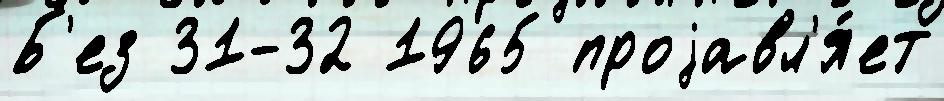
Б'ез 31-32 1965 проjавл'я́ет